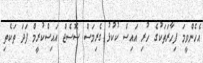
އެހެންވީމަ ފިހާރަތަކުގެ ހުރި އައިސް ކުކުޅު ގެރިމަސް ސޮސެޖް އައިސްކުރީމް ފަދަ ތަކެތި